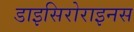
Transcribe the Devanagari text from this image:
डाइसिरोराइनस